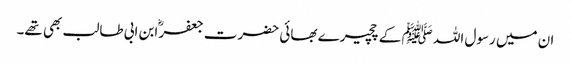
ان میں رسول اللہ ﷺ کے چچیرے بھائی حضرت جعفرؓ ابن ابی طالب بھی تھے۔